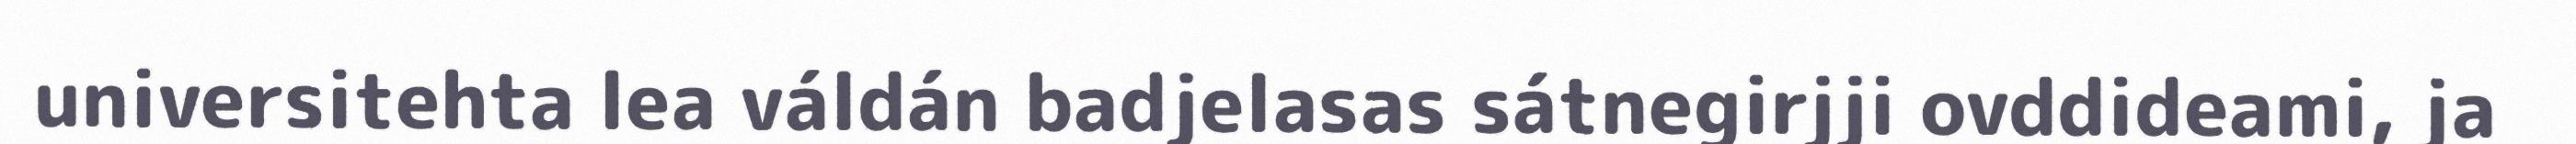
universitehta lea váldán badjelasas sátnegirjji ovddideami, ja